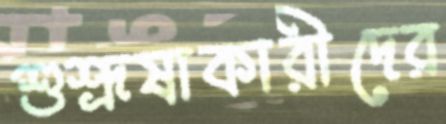
শুশ্রূষাকারীদের